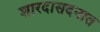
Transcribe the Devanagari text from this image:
शारदासदनात